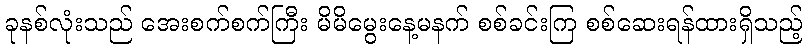
ခုနစ်လုံးသည် အေးစက်စက်ကြီး မိမိမွေးနေ့မနက် စစ်ခင်းကြ စစ်ဆေးရန်ထားရှိသည့်